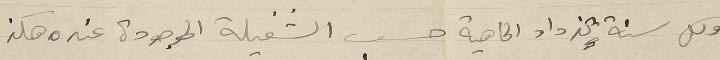
وكل سنة تزداد الماهية حسب الشغيلة الموجودة عنده هكذ